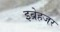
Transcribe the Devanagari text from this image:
इब्रेहजर